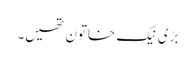
بڑی نیک خاتون تھیں۔